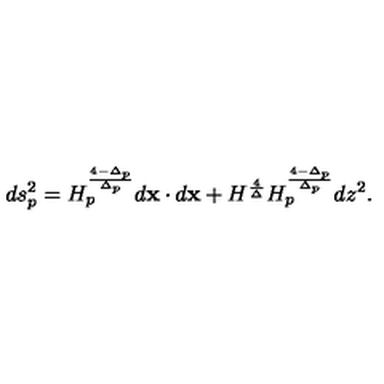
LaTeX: d s _ { p } ^ { 2 } = H _ { p } ^ { \frac { 4 - \Delta _ { p } } { \Delta _ { p } } } d { \bf x } \cdot d { \bf x } + H ^ { \frac { 4 } { \Delta } } H _ { p } ^ { \frac { 4 - \Delta _ { p } } { \Delta _ { p } } } d z ^ { 2 } .